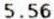
5.56